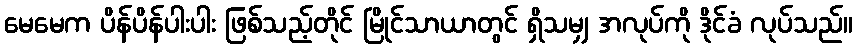
မေမေက ပိန်ပိန်ပါးပါး ဖြစ်သည့်တိုင် မြိုင်သာယာတွင် ရှိသမျှ အလုပ်ကို ဒိုင်ခံ လုပ်သည်။